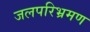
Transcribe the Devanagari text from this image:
जलपरिभ्रमण